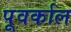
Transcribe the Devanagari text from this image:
पूवर्काल